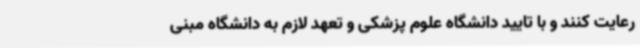
رعایت کنند و با تایید دانشگاه علوم پزشکی و تعهد لازم به دانشگاه مبنی